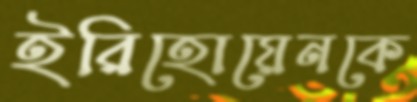
ইরিহোয়েনকে